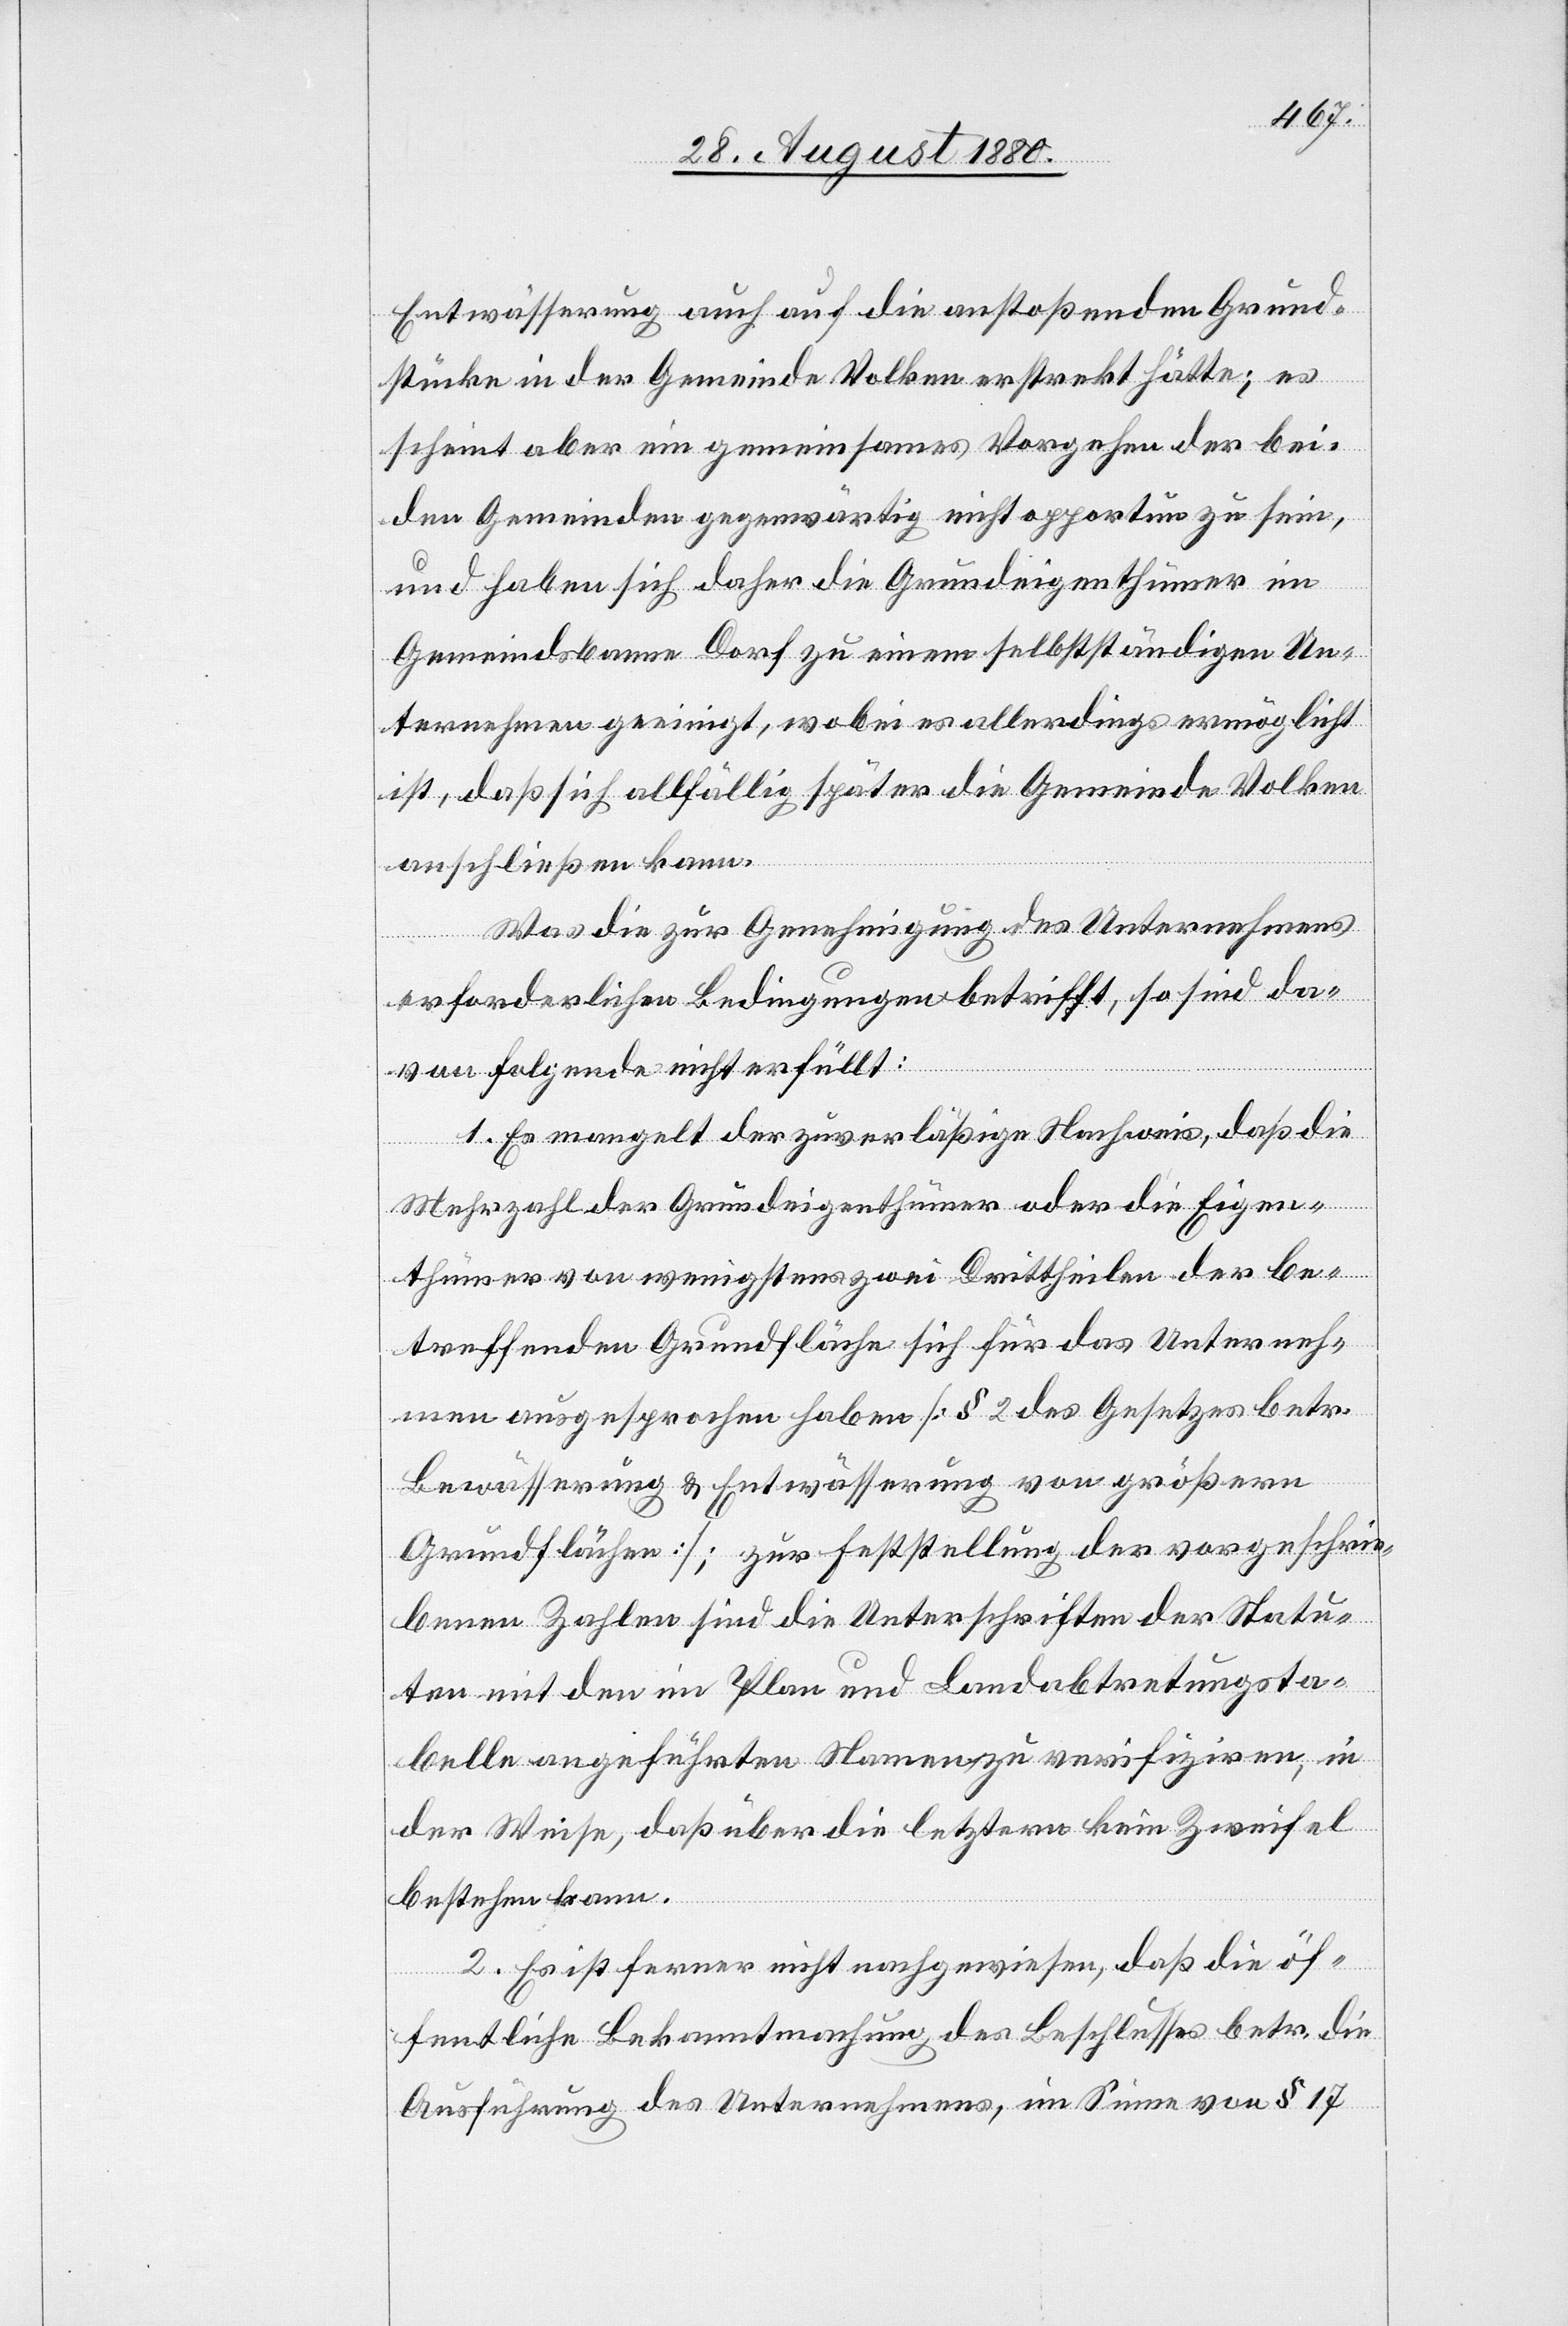
Entwässerung auch auf die anstoßenden Grund¬
stücke in der Gemeinde Volken erstrekt [sic!] hätte; es
scheint aber ein gemeinsames Vorgehen der bei¬
den Gemeinden gegenwärtig nicht opportun zu sein,
und haben sich daher die Grundeigenthümer im
Gemeindsbanne Dorf zu einem selbstständigen Un¬
ternehmen geeinigt, wobei es allerdings ermöglicht
ist, daß sich allfällig später die Gemeinde Volken
anschließen kann.
Was die zur Genehmigung des Unternehmens
erforderlichen Bedingungen betrifft, so sind da¬
von folgende nicht erfüllt:
1. Es mangelt der zuverläßige Nachweis, daß die
Mehrzahl der Grundeigenthümer oder die Eigen¬
thümer von wenigstens zwei Dritttheilen der be¬
treffenden Grundfläche sich für das Unterneh¬
men ausgesprochen haben [§ 2 des Gesetzes betr.
Bewässerung & Entwässerung von größeren
Grundflächen]; zur Feststellung der vorgeschrie¬
benen Zahlen sind die Unterschriften der Statu¬
en mit den im Plan und Landabtretungsta¬
belle angeführten Namen zu verifiziren, in
der Weise, daß über die letztere kein Zweifel
bestehen kann.
2. Es ist ferner nicht nachgewiesen, daß die öf¬
fentliche Bekanntmachung des Beschlusses betr. die
Ausführung des Unternehmens, im Sinne von § 17